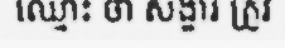
ឈ្មោះ ថា សង្ខារ ត្រូវ